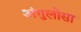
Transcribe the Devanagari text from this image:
अंगुलोसा